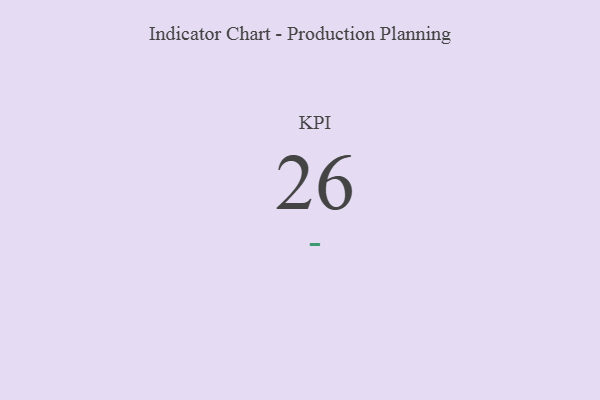
{"axis": {"x": "KPI", "y": "Value"}, "legend": [""], "data": [{"x": "KPI", "y": 26, "type": ""}]}